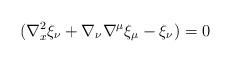
LaTeX: \begin{align*}(\nabla^{2}_x \xi_{\nu} + \nabla_{\nu} \nabla^{\mu} \xi_{\mu} - \xi_{\nu})=0\end{align*}